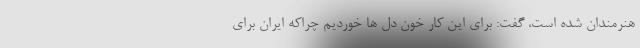
هنرمندان شده است، گفت: برای این کار خون دل ها خوردیم چراکه ایران برای